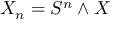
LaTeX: X _ { n } = S ^ { n } \wedge X